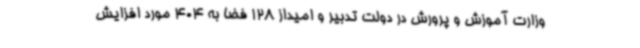
وزارت آموزش و پرورش در دولت تدبیر و امیداز 128 فضا به 404 مورد افزایش